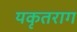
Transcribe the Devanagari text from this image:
यकृतराग